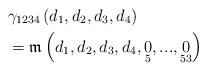
LaTeX: \begin{align*}& \gamma_{1234}\left( d_{1},d_{2},d_{3},d_{4}\right) \\& =\mathfrak{m}\left( d_{1},d_{2},d_{3},d_{4},\underset{5}{0},...,\underset{53}{0}\right)\end{align*}